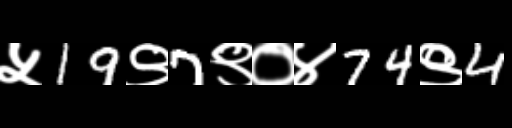
Text: ५19९7९०४74९4